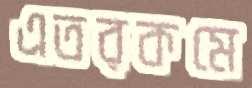
এতরকমে